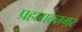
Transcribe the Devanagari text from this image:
प्रहलादनगर